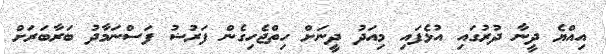
އިއްޔެ ދީނާ ދުރުގައި އުޅެފައި މިއަދު ދީނަށް ހިތްޖެހިގެން ފަރުޟު ފަސްނަމާދު ބަރާބަރަށް